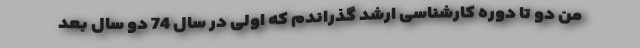
من دو تا دوره کارشناسی ارشد گذراندم که اولی در سال 74 دو سال بعد